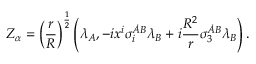
{ \cal Z } _ { \alpha } = \left( { \frac { r } { R } } \right) ^ { \frac { 1 } { 2 } } \left( \lambda _ { A } , - i x ^ { i } \sigma _ { i } ^ { \dot { A } B } \lambda _ { B } + i { \frac { R ^ { 2 } } { r } } \sigma _ { 3 } ^ { \dot { A } B } \lambda _ { B } \right) .